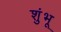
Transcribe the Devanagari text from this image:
शुंभू